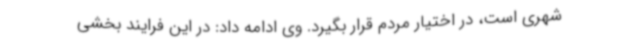
شهری است، در اختیار مردم قرار بگیرد. وی ادامه داد: در این فرایند بخشی